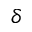
\delta